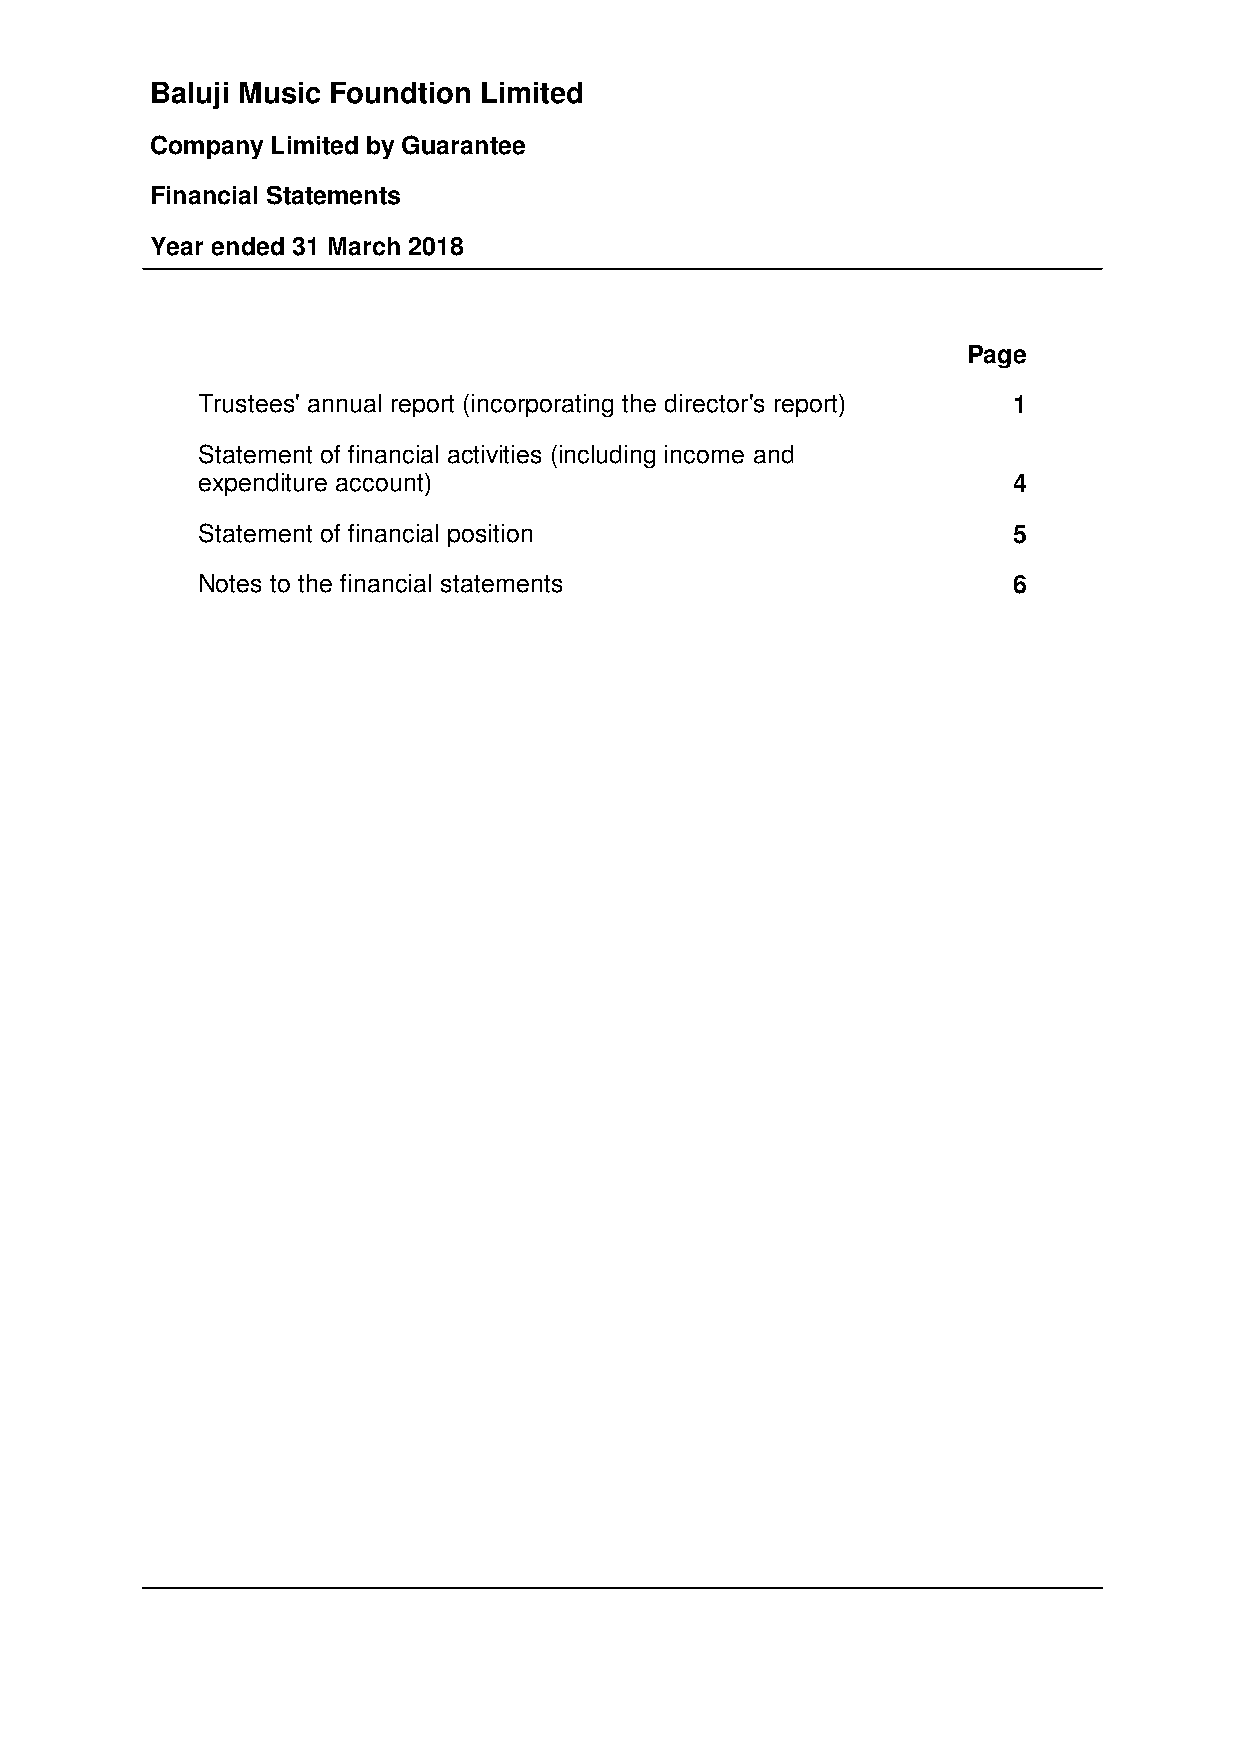
Baluji Music Foundtion Limited
 Company Limited by Guarantee
 Financial Statements
 Year ended 31 March 2018
 Page
 Trustees' annual report (incorporating the director's report) 1
 Statement of financial activities (including income and
 expenditure account)                                  4
 Statement of financial position                       5
 Notes to the financial statements                     6